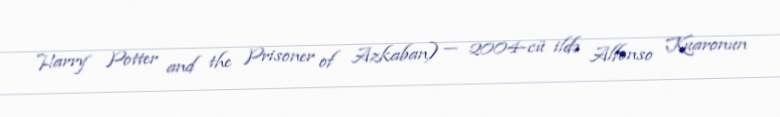
Harry Potter and the Prisoner of Azkaban) — 2004-cü ildə Alfonso Kuaronun